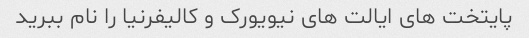
پایتخت های ایالت های نیویورک و کالیفرنیا را نام ببرید